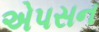
એપસન